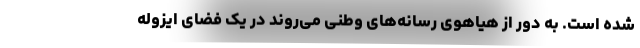
شده است. به دور از هیاهوی رسانه‌های وطنی می‌روند در یک فضای ایزوله